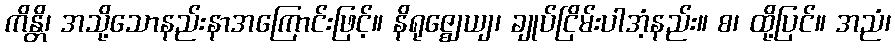
ကိန္တိ၊ အသို့သောနည်းနာအကြောင်းဖြင့်။ နိရုဇ္ဈေယျ၊ ချုပ်ငြိမ်းပါအံ့နည်း။ စ၊ ထို့ပြင်။ အညံ၊